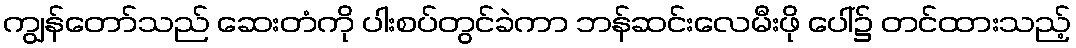
ကျွန်တော်သည် ဆေးတံကို ပါးစပ်တွင်ခဲကာ ဘန်ဆင်းလေမီးဖို ပေါ်၌ တင်ထားသည့်